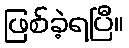
ဖြစ်ခဲ့ရပြီ။